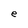
Character: e